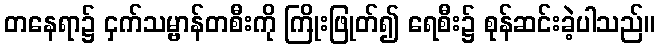
တနေရာ၌ ငှက်သမ္ဗာန်တစီးကို ကြိုးဖြုတ်၍ ရေစီး၌ စုန်ဆင်းခဲ့ပါသည်။